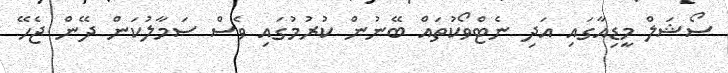
ސޯޝަލް މީޑިއާގައި އަދި ނެޓްވޯކުތައް ބޭނުން ކުރުމުގައި ވެސް ސަމާލުކަން ދޭން ޖެހޭ